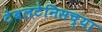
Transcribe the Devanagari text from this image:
टेबलटेनिसच्या